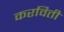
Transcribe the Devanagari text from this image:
करविती